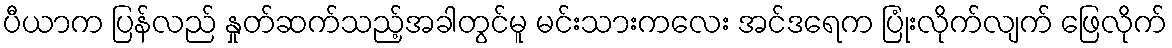
ပီယာက ပြန်လည် နှုတ်ဆက်သည့်အခါတွင်မူ မင်းသားကလေး အင်ဒရေက ပြုံးလိုက်လျက် ဖြေလိုက်